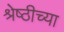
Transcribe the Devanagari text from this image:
श्रेष्ठीच्या